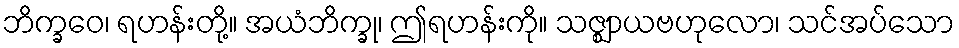
ဘိက္ခဝေ၊ ရဟန်းတို့။ အယံဘိက္ခု၊ ဤရဟန်းကို။ သဇ္ဈာယဗဟုလော၊ သင်အပ်သော